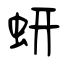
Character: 蚈